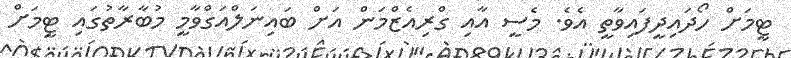
ޓީމަށް ހޯދައިދީފައިވާތީ އެވެ. މެސީ އާއި ގްރިއެޒްމަން އަށް ބައިނަލްއަގްވާމީ މުބާރާތުގައި ޓީމަށް